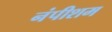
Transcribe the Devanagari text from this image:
नंपीशम